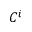
C ^ { i }